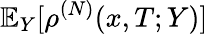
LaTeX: \mathbb{E}_{Y}[\rho^{(N)}(x,T;Y)]